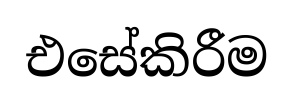
එසේකිරීම